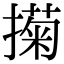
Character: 𢵗